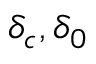
\delta _ { c } , \delta _ { 0 }